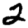
Digit: 2